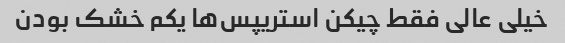
خیلی عالی فقط چیکن استریپس‌ها یکم خشک بودن